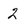
Character: 2